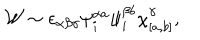
{ \cal W } \sim \epsilon _ { \alpha \beta \gamma } \psi _ { i } ^ { \alpha a } \psi _ { i } ^ { \beta b } \chi _ { [ a , b ] } ^ { \gamma } ,